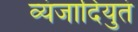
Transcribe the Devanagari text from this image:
व्यंजादियुतं